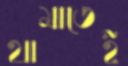
থামাতেই